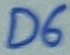
Text: D6